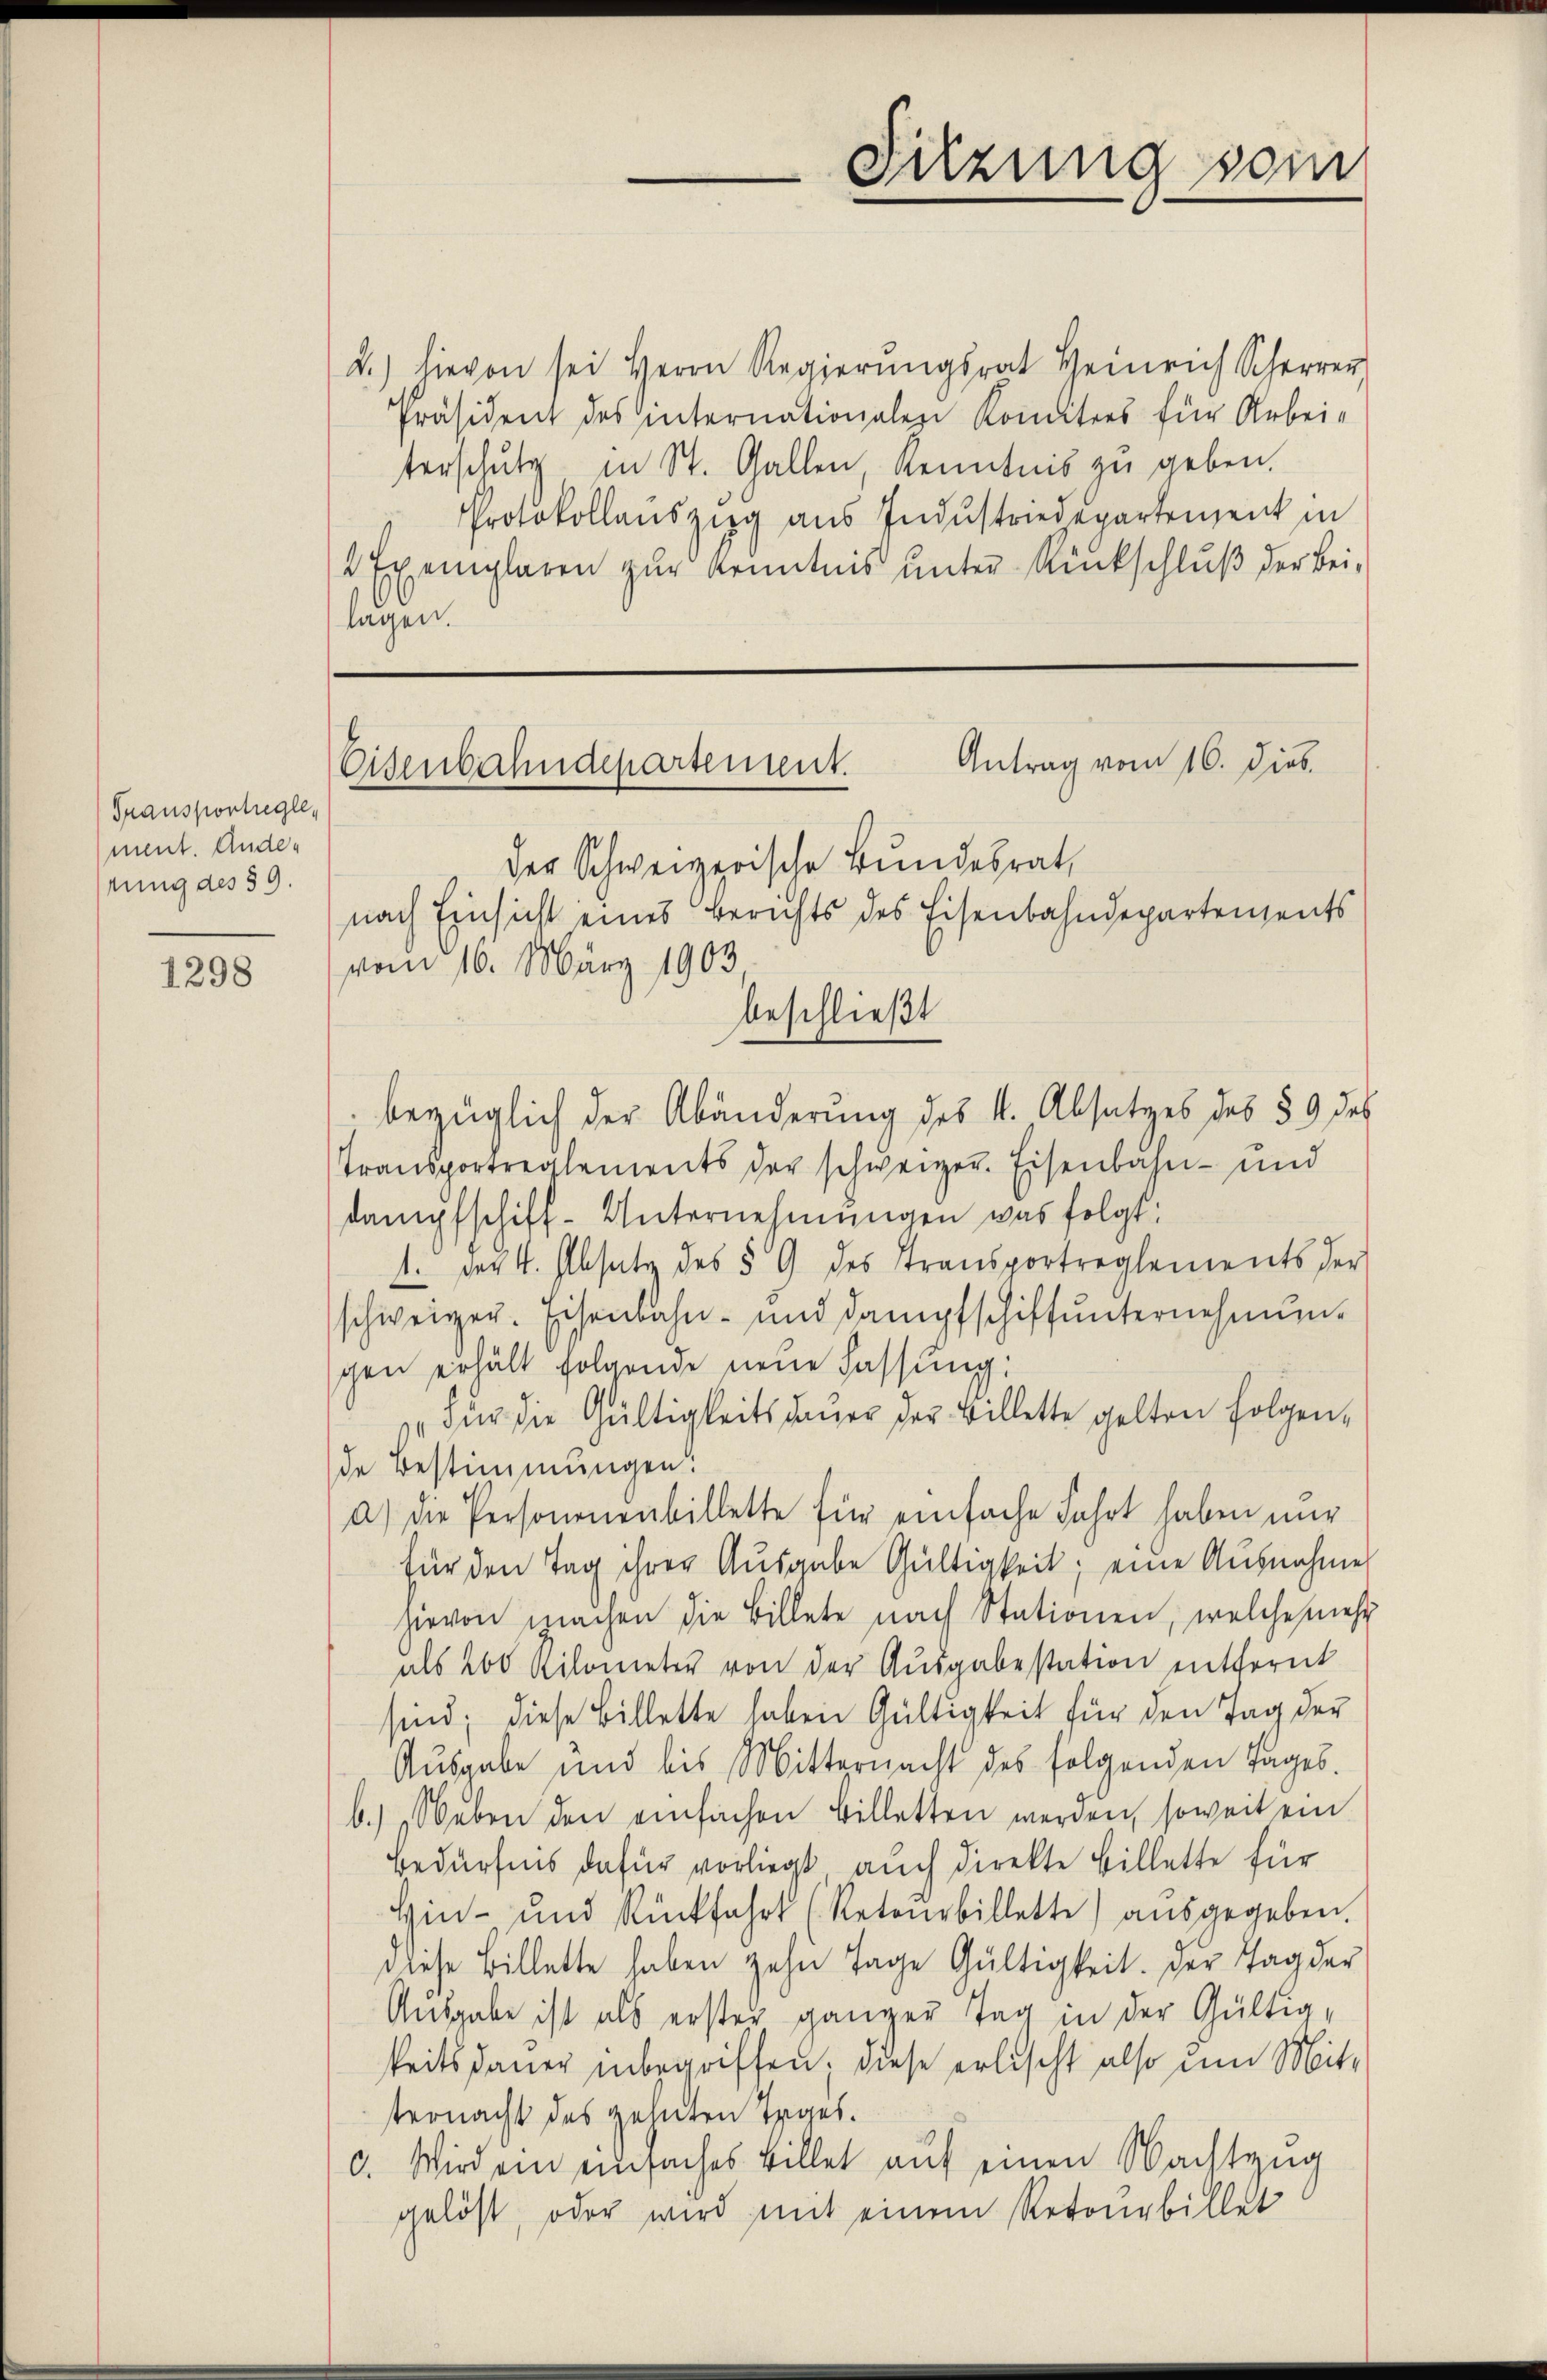
Transportregle
ment. Ander
rung des § 9.

1298

2.) hievon sei Herrn Regierŭngsrat Heinrich Schr
Präsident des internationalen Komitees für Arbei-
terschutz in St. Gallen Kenntnis zu geben.
Protokollauszug aus Industriedepartement in
2 Exemplaren zur Kenntnis unter Rückschluß der Beilagen.

Füzung sein

Antrag vom 16. Dieb.
Eisenbahndepartement.

der Schweizerische Bundesrat
nach Einsicht eines Berichts des Eisenbahndepartements
vom 16. März 1903,
beschließt
bezüglich der Abänderung des k. Absatzes des § 9 des
Transportreglements der schweizer. Eisenbahn- und
dampfschiff-Unternehmungen was folgt:
1. Der 4. Absatz des § 9 des Transportreglements der
schweizer. Eisenbahn- und Dampfschiffŭnternehmun-
gen erhält folgende neue Fassung:
Für die Gültigkeits dauer der Billette gelten folgende Bestimmungen:
a) die Personenenbillette für einfache Fahrt haben nur
für den Tag ihrer Ausgabe Gültigkeit; eine Ausnahme
zievon machen die Billete nach Stationen, welche mehr
als 200 Kilometer von der Ausgabestation entfernt
sind; diese Billette haben Gültigkeit für den Tag der
Ausgabe und bis Mitternacht des folgenden Tages.
b.) Neben den einfachen Billetten werden, soweit ein
Bedürfnis dafür vorliegt auch direkte Billette für
Hin- und Rückfahrt (Retourbillette aŭsgegeben.
diese Billette haben zehn Tage Gültigkeit. Der Tag der
Ausgabe ist als erster ganzer Tag in der Gültigkeits dauer inbegriffen; diese erlischt also um Mitternacht des gehnten Tages.
c. Wird ein einfaches Billet aŭf einen Wachtzug
gelöst, oder wird mit einem Retourbillet